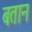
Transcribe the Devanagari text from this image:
बतान